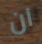
ان